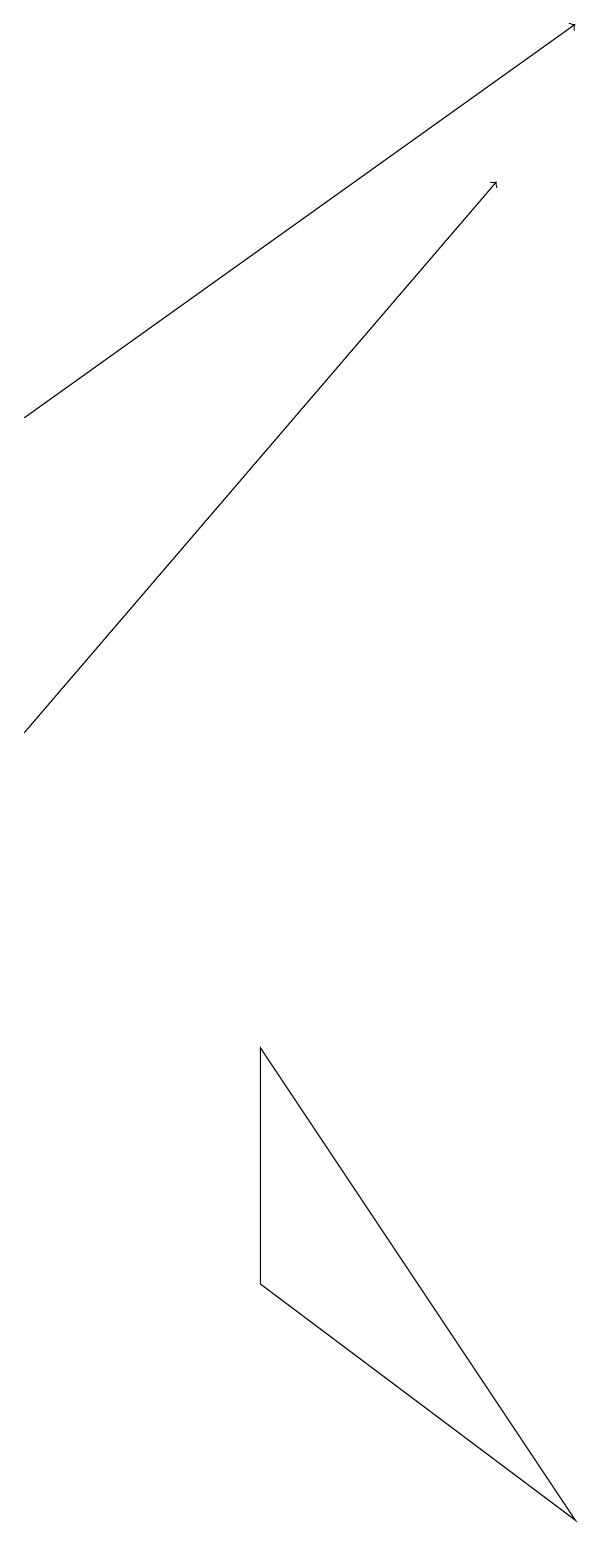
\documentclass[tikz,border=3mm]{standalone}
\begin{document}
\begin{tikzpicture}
\draw[->] (1,10) -- (7,17);
\draw[->] (1,14) -- (8,19);
\draw (8,0) -- (4,6) -- (4,3) -- cycle;
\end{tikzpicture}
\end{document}